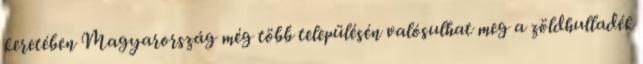
keretében Magyarország még több településén valósulhat meg a zöldhulladék